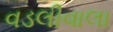
વડલીવાલા